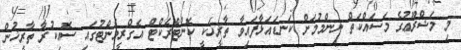
މި މަޝްރޫޢުގެ މަސައްކަތް ނިންމުމަށް ކަނޑައަޅާފައިވާ ތާރީޚަކީ ކޮންޓްރެކްޓް އެގްރީމެންޓުގައި ސޮއިކުރާ ތާރީޚުން